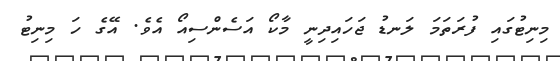
މިނިޓުގައި ފުރަތަމަ ލަނޑު ޖަހައިދިނީ މާކޯ އަސެންސިއޯ އެވެ. އޭގެ ހަ މިނިޓު